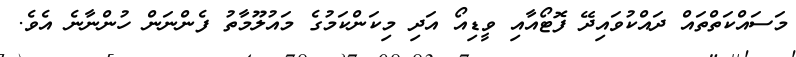
މަސައްކަތްތައް ދައްކުވައިދޭ ފޮޓޯއާއި ވީޑިއޯ އަދި މިކަންކަމުގެ މައުލޫމާތު ފެންނަން ހުންނާނެ އެވެ.